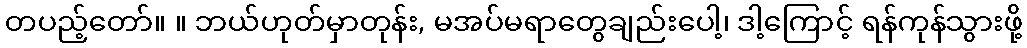
တပည့်တော်။ ။ ဘယ်ဟုတ်မှာတုန်း, မအပ်မရာတွေချည်းပေါ့၊ ဒါ့ကြောင့် ရန်ကုန်သွားဖို့